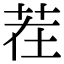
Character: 茬